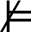
\nvDash